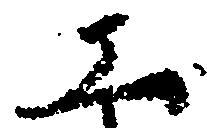
工